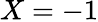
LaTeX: X=-1